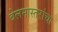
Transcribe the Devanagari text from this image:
बेलमास्तरांचा